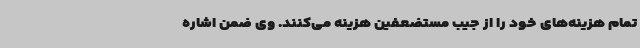
تمام هزینه‌های خود را از جیب مستضعفین هزینه می‌کنند. وی ضمن اشاره